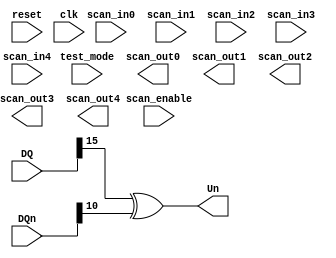
/*

Description : One bit XOR of difference signal sign & delayed difference signal sign

Author : Ghassan Dharb

Revision History :
//----------------------------------------------------------------------------------
2/16/16 - by Ghassan Dharb - Initial creation
2/17/16 - by Adam Steenkamer - Added description, made some of the spacing uniform
//----------------------------------------------------------------------------------

*/


module XOR (
           reset,
           clk,
           scan_in0,
           scan_in1,
           scan_in2,
           scan_in3,
           scan_in4,
           scan_enable,
           test_mode,
           scan_out0,
           scan_out1,
           scan_out2,
           scan_out3,
           scan_out4,
           DQn,
           DQ,
           Un
       );

input
    reset,                      // system reset
    clk;                        // system clock

input
    scan_in0,                   // test scan mode data input
    scan_in1,                   // test scan mode data input
    scan_in2,                   // test scan mode data input
    scan_in3,                   // test scan mode data input
    scan_in4,                   // test scan mode data input
    scan_enable,                // test scan mode enable
    test_mode;                  // test mode 

input [15:0] DQ;
input [10:0] DQn;

output
    scan_out0,                  // test scan mode data output
    scan_out1,                  // test scan mode data output
    scan_out2,                  // test scan mode data output
    scan_out3,                  // test scan mode data output
    scan_out4,                  // test scan mode data output
    Un;

reg DQS;
reg DQnS;
reg Un;


always @ (DQn, DQ) begin
	DQS = DQ [15];       // DQS is the MSB of DQ
	DQnS = DQn [10];     // DQnS is the MSB of DQn
	Un = DQS ^ DQnS;     // 1 bit exclisive or
end

endmodule // XOR